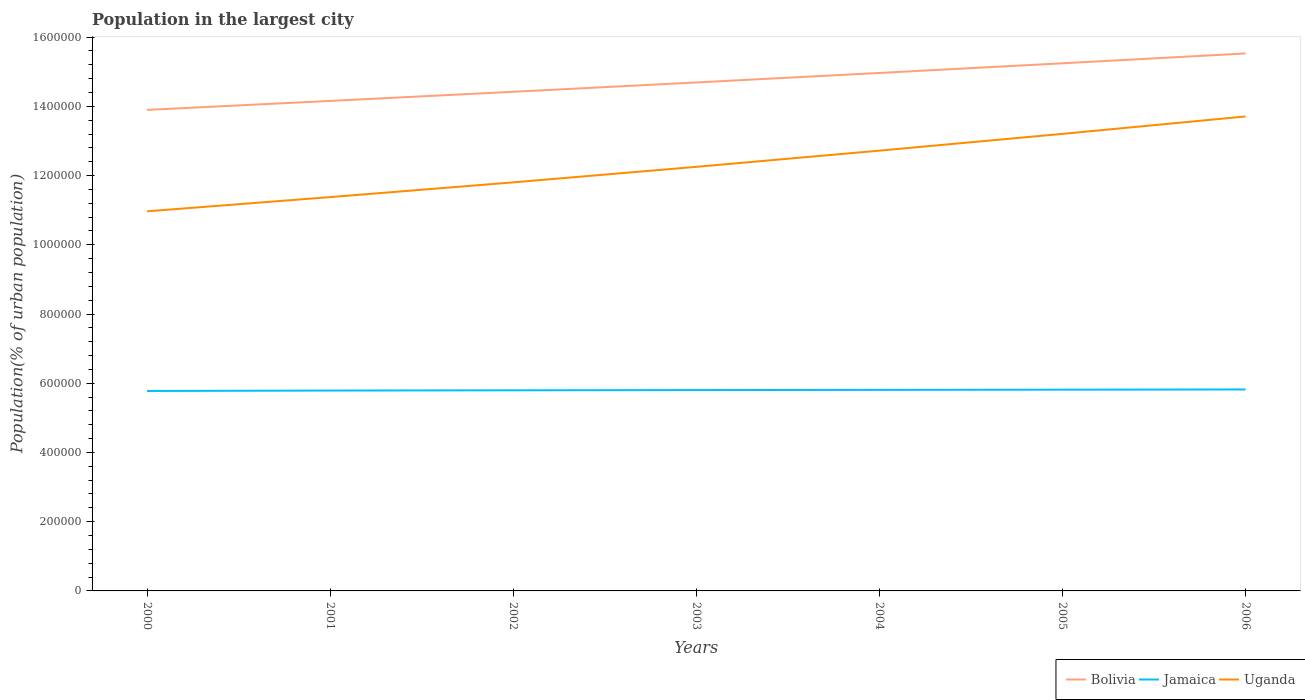
| Years | Bolivia | Jamaica | Uganda |
 | --- | --- | --- | --- |
 | 2000 | 1.39e+06 | 5.78e+05 | 1.1e+06 |
 | 2001 | 1.42e+06 | 5.79e+05 | 1.14e+06 |
 | 2002 | 1.44e+06 | 5.8e+05 | 1.18e+06 |
 | 2003 | 1.47e+06 | 5.8e+05 | 1.23e+06 |
 | 2004 | 1.5e+06 | 5.81e+05 | 1.27e+06 |
 | 2005 | 1.52e+06 | 5.81e+05 | 1.32e+06 |
 | 2006 | 1.55e+06 | 5.82e+05 | 1.37e+06 |